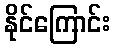
နိုင်ကြောင်း